Protection of India from yellow fever
Disease focus: Fever
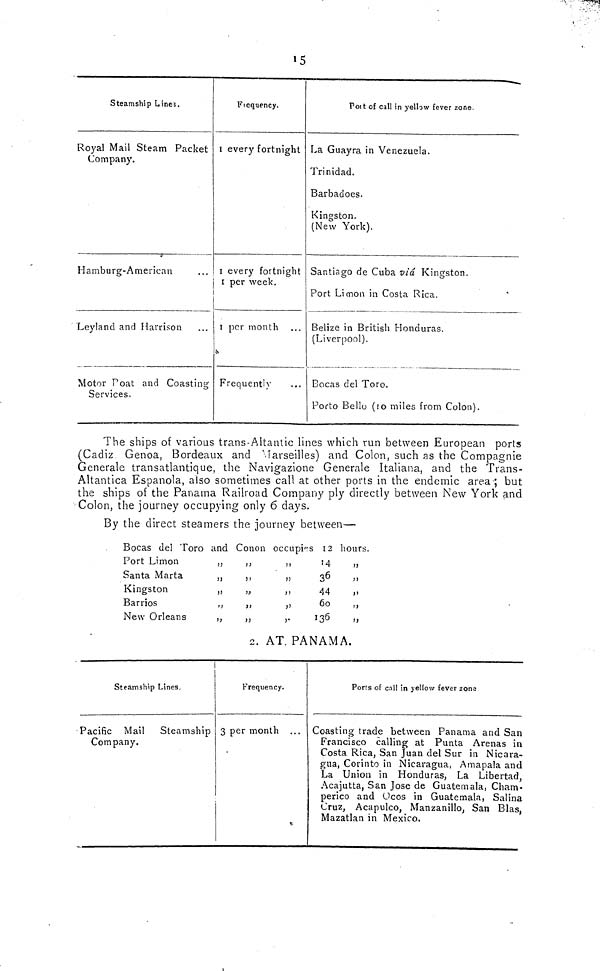
Steamship Lines.
Royal Mail Steam Packet
Company.
Hamburg- American
Leyland and Harrison
Motor P oat and Coasting
Services.
15
Fiequency.
i every fortnight
I every fortnight
1 per week.
i per month
Frequently
Poit of call in yellow fever zone.
La Guayra in Venezuela.
Trinidad.
Barbadoes.
Kingston.
(New York).
Santiago de Cuba via Kingston.
Port Limon in Costa Rica.
Belize in British Honduras.
(Liverpool).
Bocas del Toro.
Porto Bello (ro miles from Colon).
The ships of various trans-AItantic lines which run between European ports
(Cadiz Genoa, Bordeaux and Marseilles) and Colon, such as the Compagnie
Generale transatlantique, the Navigazione Generale Italiana, and the Trans«
Altantica Española, also sometimes call at other ports in the endemic area; but
the ships of the Panama Railroad Company ply directly between New York and
Colon, the journey occupying only 6 days.
By the direct steamers the journey between—
Bocas del Toro and Conon occupies 12 hours.
Port Limon
„
„
14
„
Santa Marta
,,
,,
36
,,
Kingston
„
„
44
„
Barrios
„
„
60
,,
New Orleans
,,
„
,.
136
,,
2. AT. PANAMA.
Steamship Lines.
Pacific Mail Steamship
Company.
Frequency.
3 per month
Y.
Ports of call in yellow fever zone
Coasting trade between Panama and San
Francisco calling at Punta Arenas in
Costa Rica, San Juan del Sur in Nicara-
gua, Corinto in Nicaragua, Amapala and
La Union in Honduras, La Libertad,
Acajutta, San Jose de Guatemala, Cham-
perico and Ocos in Guatemala, Salina
Cruz, Acapulco, Manzanillo, San Blas,
Mazatlan in Mexico.